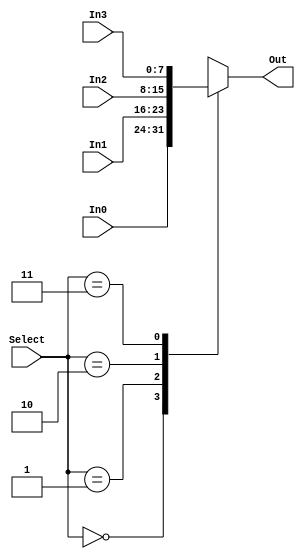
/*-----------------------------------------------------
--   4 to 1 Multiplexer
--   This modules passes one of the inputs In3 to In0 
--   according to the select signal. Data width is 
--   given as a parameter to this module.
--   Designer: Tuna Biim
-----------------------------------------------------*/ 
module Mux4x1(In0, In1, In2, In3, Select, Out);
	parameter W = 8;
	output reg[W-1:0] Out;
	input [W-1:0] In0, In1, In2, In3;
	input [1:0]Select;

 always @(In0 or In1 or In2 or In3 or Select)
 case ( Select )
 2'b00: Out = In0;
 2'b01: Out = In1;
 2'b10: Out = In2;
 2'b11: Out = In3;
 default: Out = {W{1'b0}};
 endcase

 endmodule